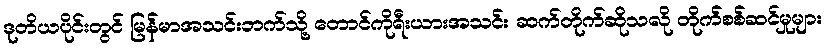
ဒုတိယပိုင်းတွင် မြန်မာအသင်းဘက်သို့ တောင်ကိုရီးယားအသင်း ဆက်တိုက်ဆိုသလို တိုက်စစ်ဆင်မှုများ